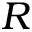
R